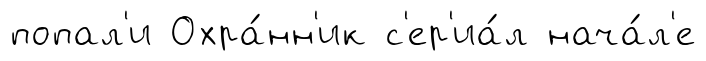
попал'и Охра́нн'ик с'ер'иа́л нача́л'е